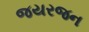
જયરજન